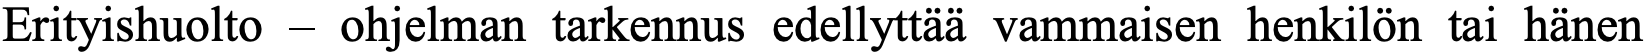
Erityishuolto – ohjelman tarkennus edellyttää vammaisen henkilön tai hänen